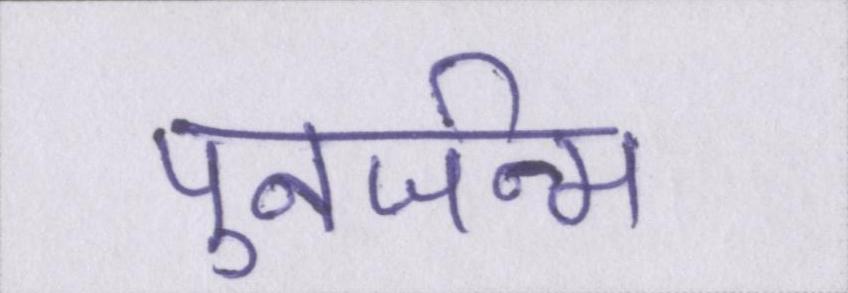
पुनर्जन्म